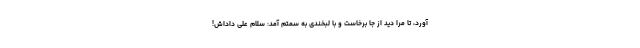
آورد، تا مرا دید از جا برخاست و با لبخندی به سمتم آمد: سلام علی داداش!